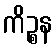
ကိဉ္စန